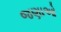
જણાઓ